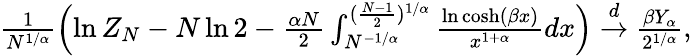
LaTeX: \begin{array}{r}{\frac{1}{N^{1/\alpha}}\Bigl(\ln Z_{N}-N\ln 2-\frac{\alpha N}{2}\int_{N^{-1/\alpha}}^{(\frac{N-1}{2})^{1/\alpha}}\frac{\ln\cosh(\beta x)}{x^{1+\alpha}}dx\Bigr)\stackrel{d}{\to}\frac{\beta Y_{\alpha}}{2^{1/\alpha}},}\end{array}